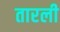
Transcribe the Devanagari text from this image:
तारली